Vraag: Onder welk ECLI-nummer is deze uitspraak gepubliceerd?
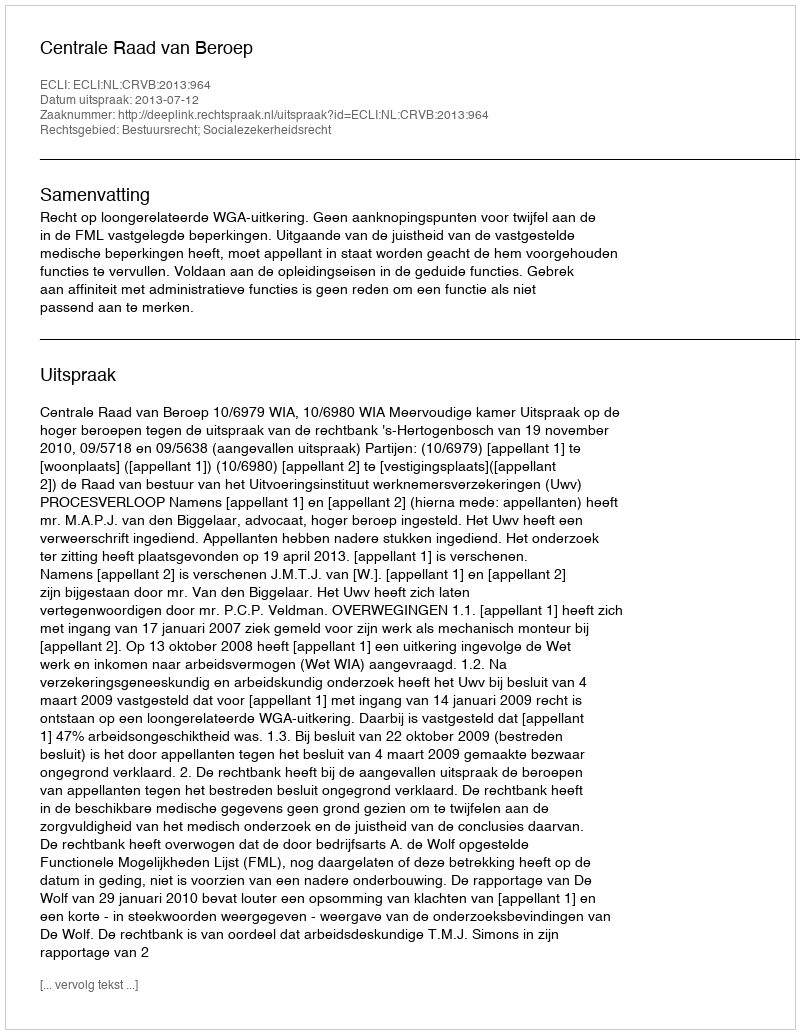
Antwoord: ECLI:NL:CRVB:2013:964